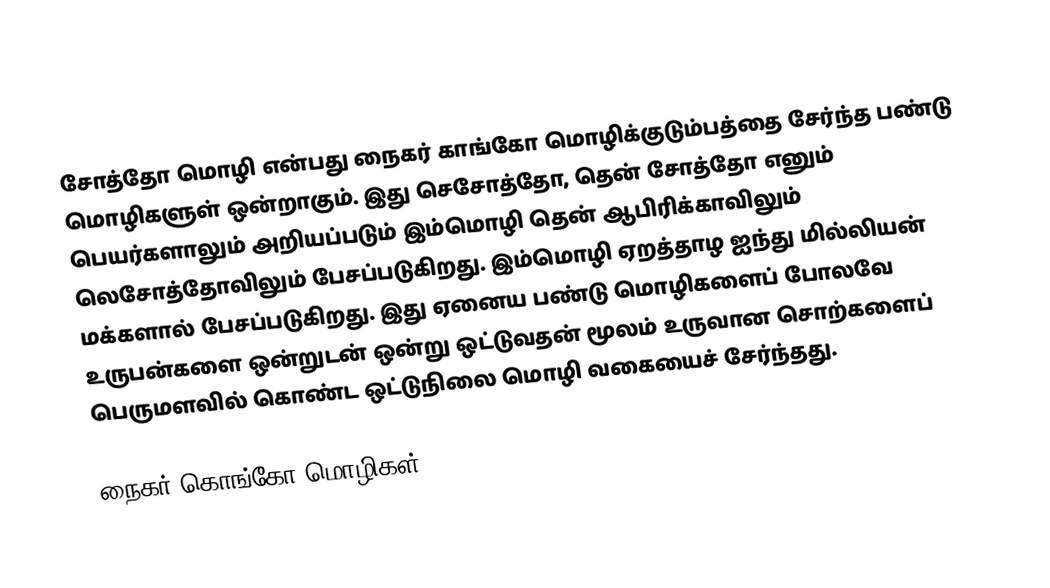
சோத்தோ மொழி என்பது நைகர் காங்கோ மொழிக்குடும்பத்தை சேர்ந்த பண்டு மொழிகளுள் ஒன்றாகும். இது செசோத்தோ, தென் சோத்தோ எனும் பெயர்களாலும் அறியப்படும் இம்மொழி தென் ஆபிரிக்காவிலும் லெசோத்தோவிலும் பேசப்படுகிறது. இம்மொழி ஏறத்தாழ ஐந்து மில்லியன் மக்களால் பேசப்படுகிறது. இது ஏனைய பண்டு மொழிகளைப் போலவே  உருபன்களை ஒன்றுடன் ஒன்று ஒட்டுவதன் மூலம் உருவான சொற்களைப் பெருமளவில் கொண்ட ஒட்டுநிலை மொழி வகையைச் சேர்ந்தது.

நைகர்-கொங்கோ மொழிகள்